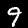
Label: 9